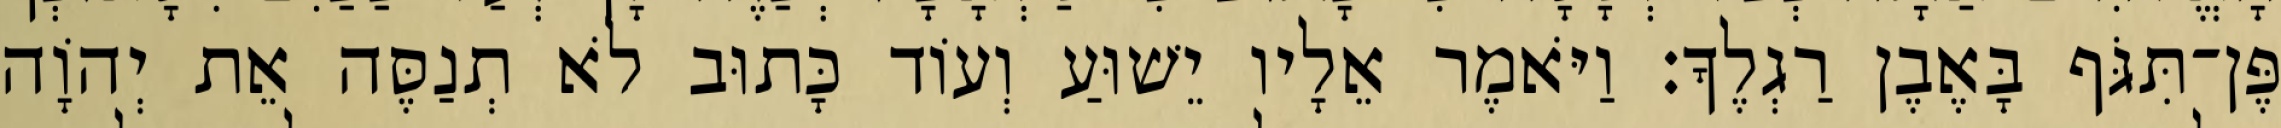
פֶּן־תִּגֹּף בָּאֶבֶן רַגְלֶךָ׃ וַיֹּאמֶר אֵלָיו יֵשׁוּעַ וְעוֹד כָּתוּב לֹא תְנַסֶּה אֵת יְהוָֹה